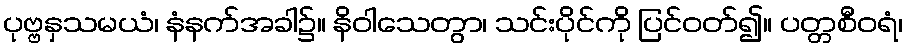
ပုဗ္ဗနှသမယံ၊ နံနက်အခါ၌။ နိဝါသေတွာ၊ သင်းပိုင်ကို ပြင်ဝတ်၍။ ပတ္တစီဝရံ၊